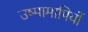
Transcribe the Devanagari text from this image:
उष्मामापियों